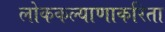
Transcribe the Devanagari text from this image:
लोककल्याणाकरिता